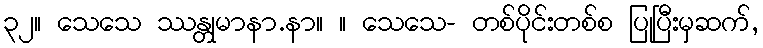
၃၂။ သေသေ ဿန္တုမာနာ.နာ။ ။ သေသေ- တစ်ပိုင်းတစ်စ ပြုပြီးမှဆက်,